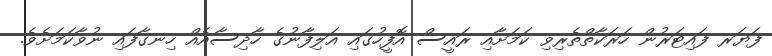
ފަޔަރ ފައިޓަރުން ހަރަކާތްތެރިވި ކަމަށާއި ރައީސް އޮފީހުގައި އަލިފާނުގެ ހާދިސާއެއް ހިނގާފައި ނުވާކަމަށެވެ.